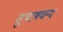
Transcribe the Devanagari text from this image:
सुभाषचन्द